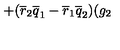
+ ( \overline { { r } } _ { 2 } \overline { { q } } _ { 1 } - \overline { { r } } _ { 1 } \overline { { q } } _ { 2 } ) ( g _ { 2 }